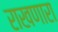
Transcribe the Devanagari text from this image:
राखणारा